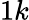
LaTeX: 1k